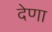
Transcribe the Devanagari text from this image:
देणा